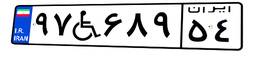
۷۳W۸۹۰۰۳